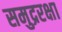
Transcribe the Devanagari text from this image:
समुद्ररक्षा